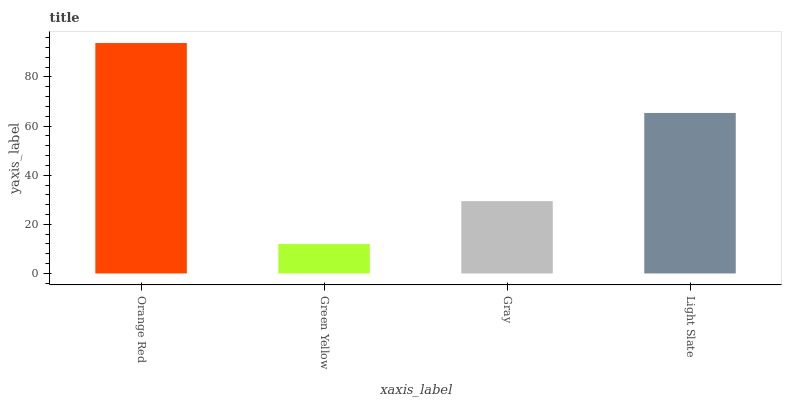
| xaxis_label | bars |
 | --- | --- |
 | Orange Red | 93.8 |
 | Green Yellow | 12 |
 | Gray | 29.4 |
 | Light Slate | 65.3 |